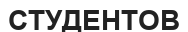
СТУДЕНТОВ